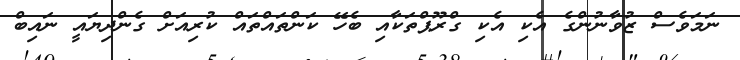
ނަމަވެސް ޒުވާނުންގެ އެކި އެކި ގްރޫޕްތަކާއި ބެހޭ ކަންތައްތައް ކުރިއަށް ގެންދިޔައީ ނައިބް